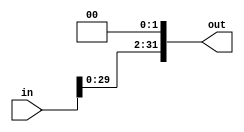
//------------------------------------------------------------------------------
//  shift2
//      Takes a `width_in`-bit input, shifts each bit left by 2 bits.
//      The `width_out` parameter determines the width of the shifted output.
//      Note that `width_out` >= `width_in`. [`width_out` - `width_in` >= 0]
//
//------------------------------------------------------------------------------

module shift2 (out, in);
    parameter width_in = 32;
    parameter width_out = 32;

    input [width_in-1:0] in;
    output reg[width_out-1:0] out;

    always @(in) begin 
        out <= {{width_out-width_in{1'b0}}, in << 2};
    end
endmodule